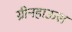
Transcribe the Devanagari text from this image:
ग्रीनहाऊस